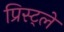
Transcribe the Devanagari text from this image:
प्रिस्ट्ले